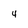
Character: 4